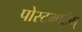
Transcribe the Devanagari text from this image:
पोस्टमार्टम्‌